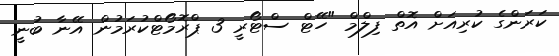
ކަރަންގެ ކުރިއަށް އޮތް ފިލްމް "ހޭޓް ސްޓޯރީ 3 ޕްރޮމޯޓްކުރަމުން އޭނާ ބުނީ